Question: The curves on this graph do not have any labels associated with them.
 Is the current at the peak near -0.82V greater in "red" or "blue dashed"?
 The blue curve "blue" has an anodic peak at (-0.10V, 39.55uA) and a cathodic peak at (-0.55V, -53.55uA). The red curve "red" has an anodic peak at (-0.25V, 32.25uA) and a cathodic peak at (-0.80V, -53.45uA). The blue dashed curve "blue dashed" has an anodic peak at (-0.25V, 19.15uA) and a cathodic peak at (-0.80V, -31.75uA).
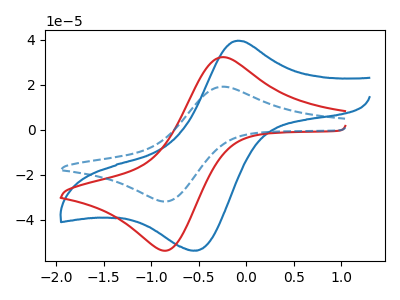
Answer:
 <answer>The peak at -0.82V is higher in "red" than in "blue dashed".</answer>
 <eval>higher</eval>